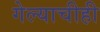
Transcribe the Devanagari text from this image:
गेल्याचीही